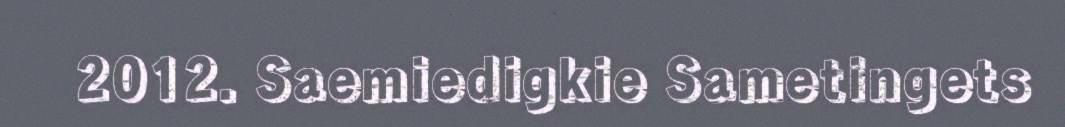
2012. Saemiedigkie Sametingets